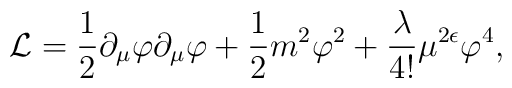
{\mathcal L}= \frac{1}{2}\partial_{\mu}\varphi\partial_{\mu}\varphi+\frac{1}{2}m^{2}\varphi^{2}+\frac{\lambda}{4!}\mu^{2\epsilon} \varphi^{4},